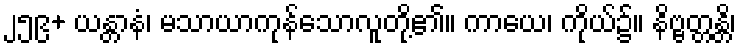
၂၅၉+ ယန္တာနံ၊ မသာယာကုန်သောလူတို့၏။ ကာယေ၊ ကိုယ်၌။ နိဗ္ဗတ္တန္တိ၊